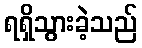
ရရှိသွားခဲ့သည်